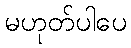
မဟုတ်ပါပေ